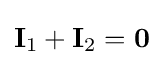
\mathbf {I} _{1}+\mathbf {I} _{2}=\mathbf {0}